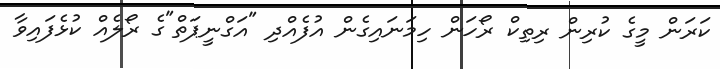
ކަރަން މީގެ ކުރިން ރިތިކް ރޯހަން ހިމަނައިގެން އުފެއްދި "އަގްނީޕަތް"ގެ ރޯލެއް ކުޅެފައިވާ